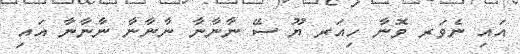
އައި ނެވަރ ވޮނާ ހިއަރ ޔޫ ސޭ ނާނާނާ ނާނާނާ ނާނާނާ އައި